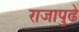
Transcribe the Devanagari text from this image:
राजापुढे